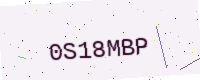
Text: 0S18MBP